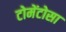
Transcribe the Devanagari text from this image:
टोमेंटोसा